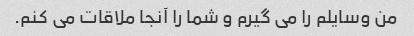
من وسایلم را می گیرم و شما را آنجا ملاقات می کنم.